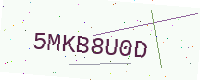
Text: 5MKB8U0D